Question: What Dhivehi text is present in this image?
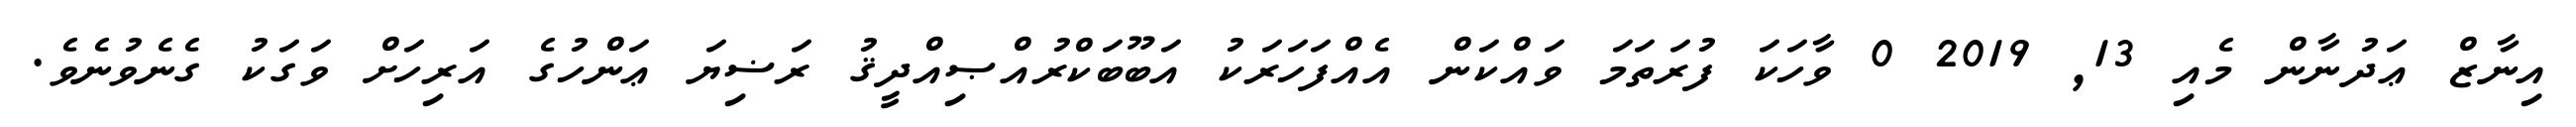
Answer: އިނާޒް ޢަދުނާން މެއި 13, 2019 0 ވާހަކަ ފުރަތަމަ ވައްކަން އެއްފަހަރަކު އަބޫބަކްރުއްޞިއްދީޤު ރަޟިޔަ ޢަންހުގެ އަރިހަށް ވަގަކު ގެނެވުނެވެ.